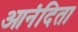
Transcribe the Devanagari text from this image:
आनंदिता